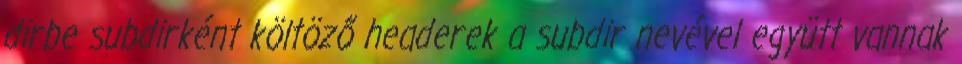
dirbe subdirként költöző headerek a subdir nevével együtt vannak